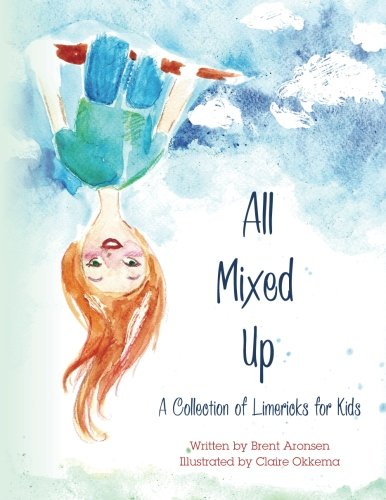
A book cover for All Mixed Up: A Collection of Limericks for Kids; Brent Aronsen; Humor & Entertainment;